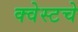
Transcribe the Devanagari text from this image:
क्वेस्टचे